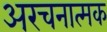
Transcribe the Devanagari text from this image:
अरचनात्मक